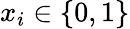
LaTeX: x_{i}\in\left\{ 0,1\right\}